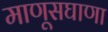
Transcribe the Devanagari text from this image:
माणूसघाणा